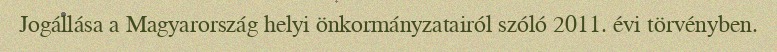
Jogállása a Magyarország helyi önkormányzatairól szóló 2011. évi törvényben.